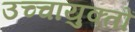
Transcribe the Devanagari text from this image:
उच्चायुक्तों